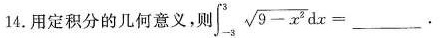
14.用定积分的集合意义，则$$\int _ { - 3 } ^ { 3 } \sqrt { 9 - x ^ { 2 } } d x = ___$$.